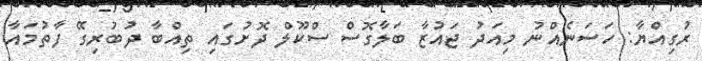
ރުގިއްޔާ: ހަސަނެއްނު މިއަދު ޖައުޒާ ބަލާގޮސް ސްކޫލް ދޮށުގައި ތިއްބާ ދުބުރިގޭ ފާތުމައާ